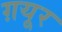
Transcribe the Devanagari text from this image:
ग़यूर